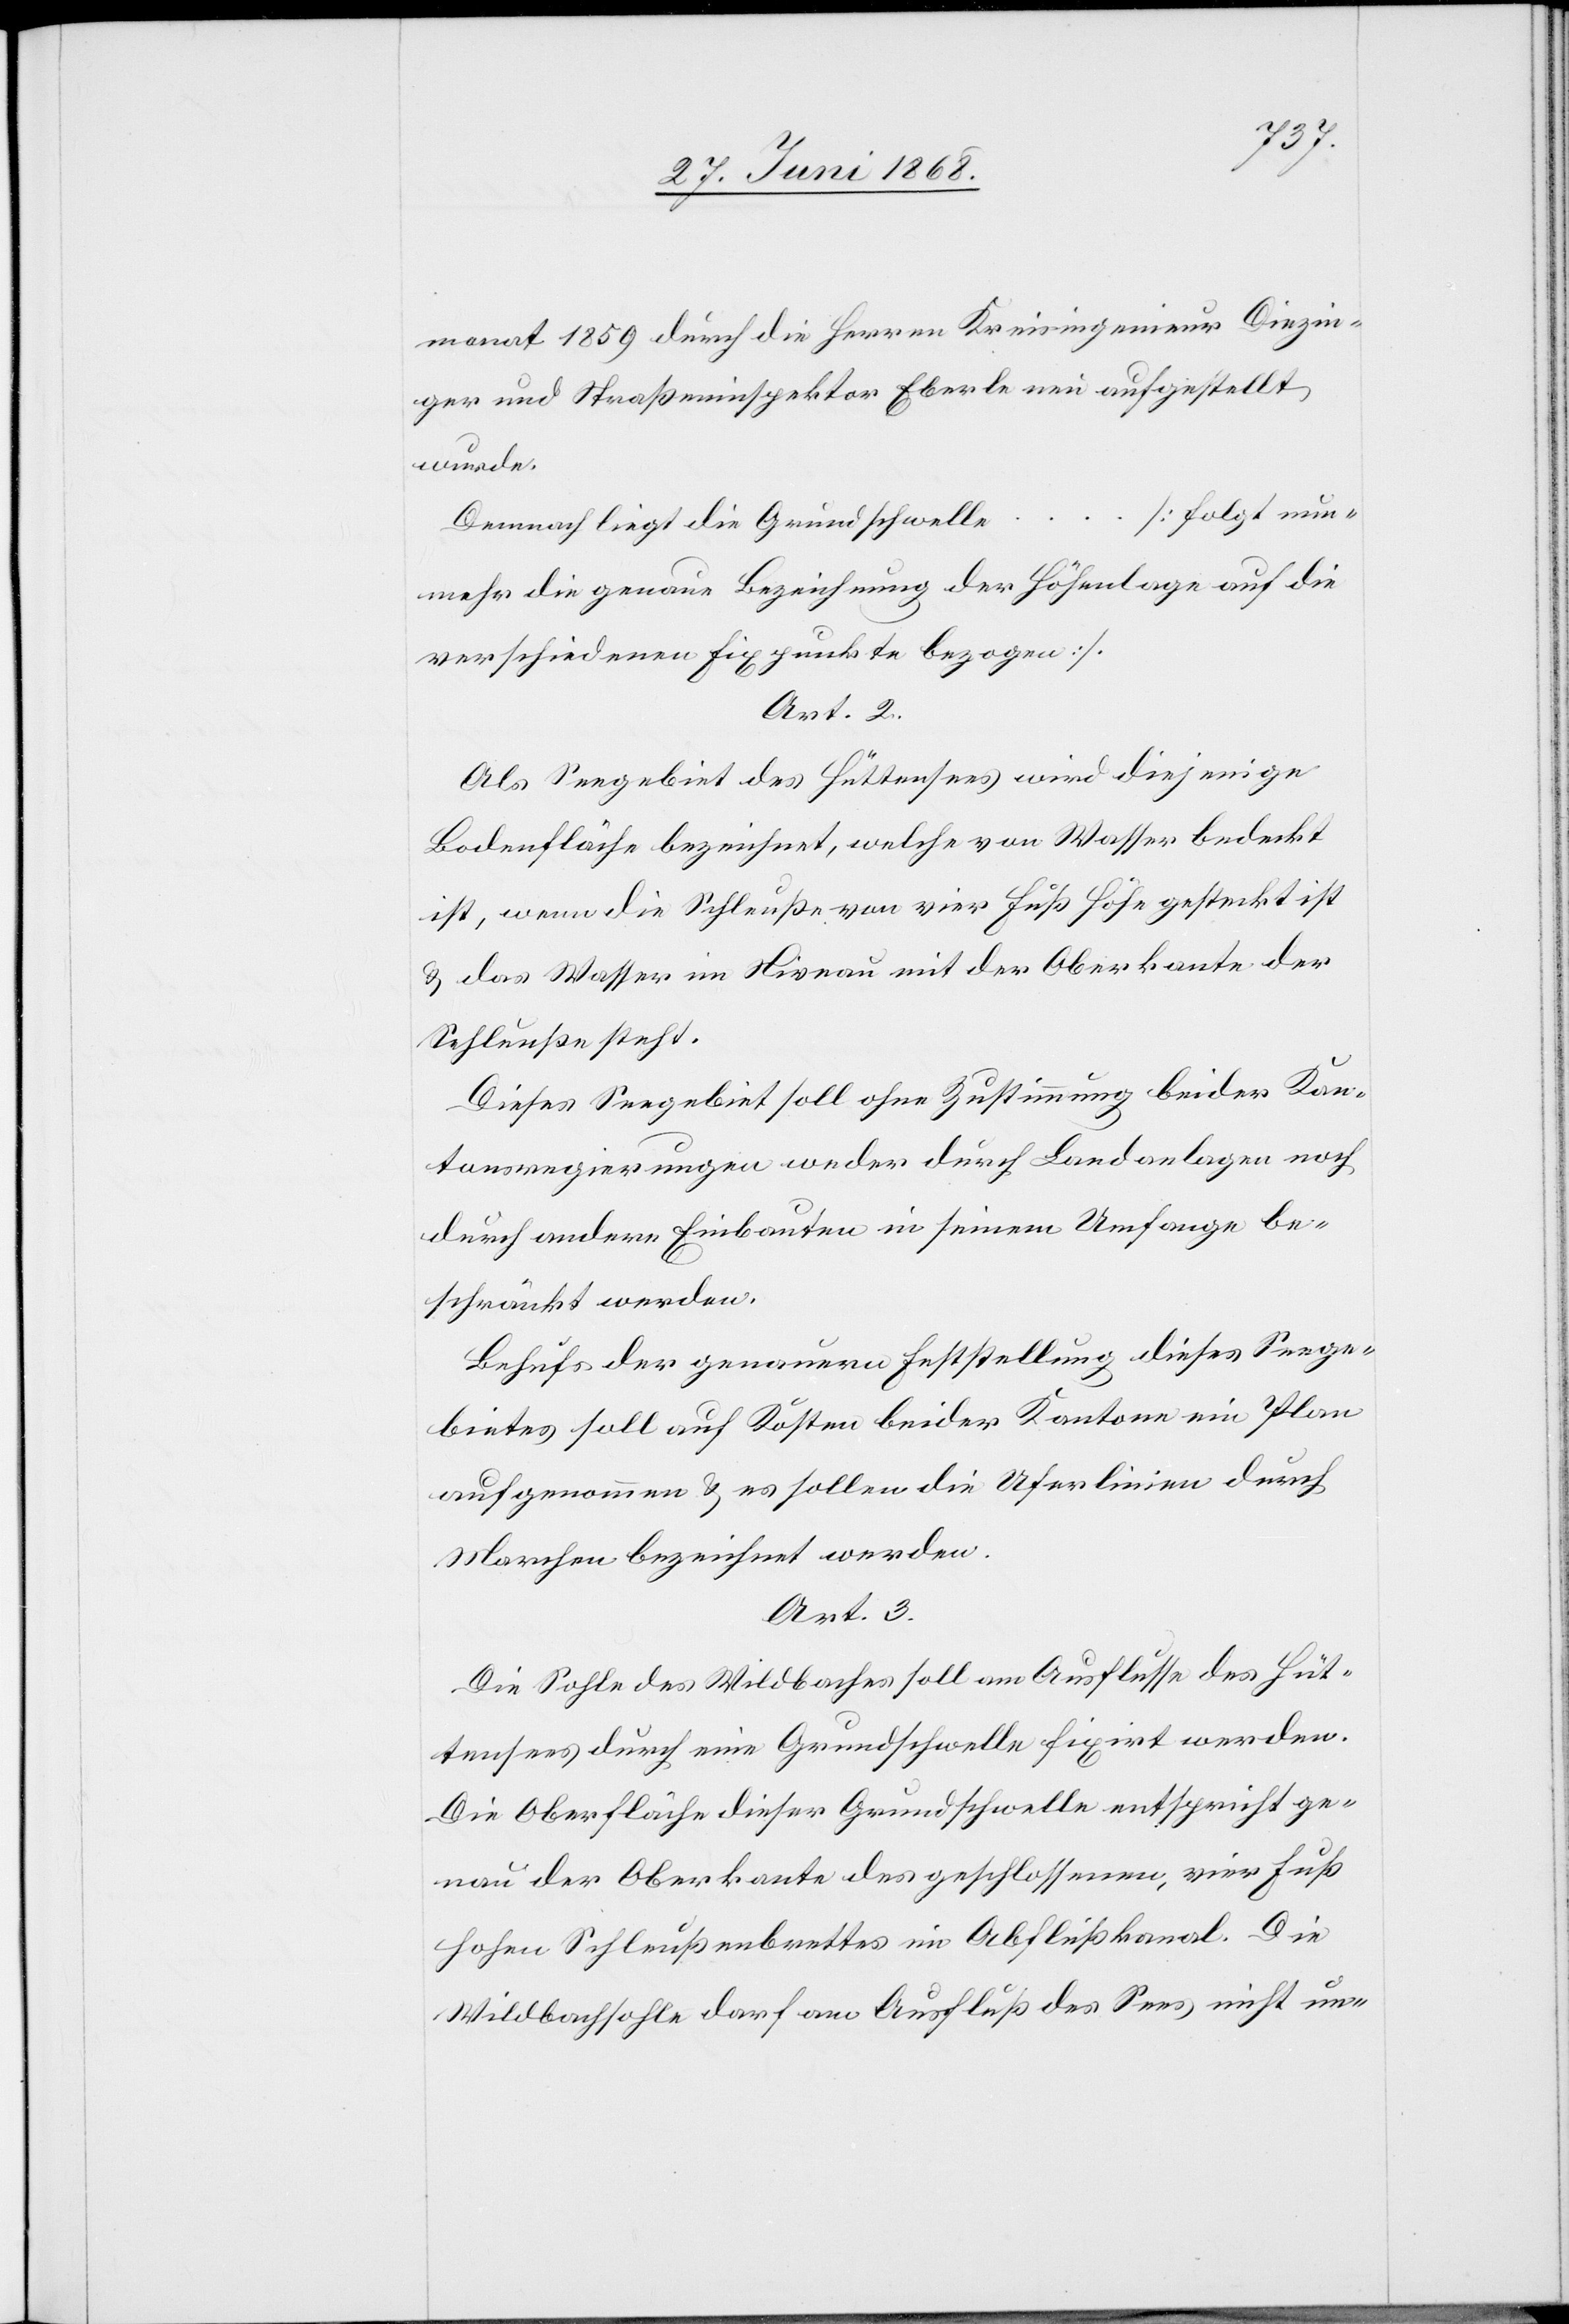
monat 1859 durch die Herren Kreisingenieur Diezin¬
ger und Straßeninspektor Eberle neu aufgestellt
wurde.
[folgt nun¬
…
Demnach liegt die Grundschwelle
mehr die genaue Bezeichnung der Höhenlage auf die
verschiedenen Fixpunkte bezogen].
Art. 2.
Als Seegebiet des Hüttensees wird diejenige
Bodenfläche bezeichnet, welche von Wasser bedeckt
ist, wenn die Schleuße von vier Fuß Höhe gesteckt ist
& das Wasser im Niveau mit der Oberkante der
Schleuße steht.
Dieses Seegebiet soll ohne Zustimmung beider Kan¬
tonsregierungen weder durch Landanlagen noch
durch andere Einbauten in seinem Umfange be¬
schränkt werden.
Behufs der genauern Feststellung dieses Seege¬
bietes soll auf Kosten beider Kantone ein Plan
aufgenommen & es sollen die Uferlinien durch
Marchen bezeichnet werden.
Art. 3.
Die Sohle des Wildbaches soll am Ausflusse des Hüt¬
tensees durch eine Grundschwelle fixirt werden.
Die Oberfläche dieser Grundschwelle entspricht ge¬
nau der Oberkante des geschlossenen, vier Fuß
hohen Schleußenbrettes im Abflußkanal. Die
Wildbachsohle darf am Ausfluß des Sees nicht un-